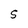
Character: S